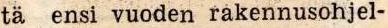
tä ensi vuoden rakennusohjel-